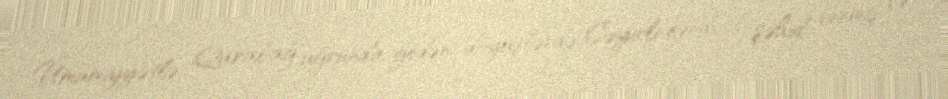
Ümumiyyətlə, Qarabağ uğrunda gedən döyüşlərdə Cəyirli kəndi 6 şəhid vermiş və